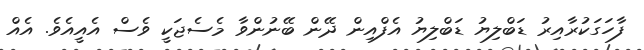
ފާހަގަކުރާއިރު ޑަބްލިޔު ޑަބްލިޔު އެފްއިން ދޭން ބޭނުންވާ މެސެޖަކީ ވެސް އެއީއެވެ. އެއް